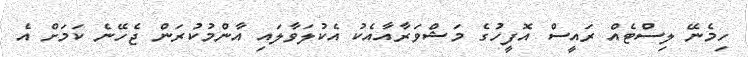
ހިމެނޭ ލިސްޓެއް ރައީސް އޮފީހުގެ މަޝްވަރާއާއެކު އެކުލަވާލައި އާންމުކުރަން ޖެހޭނެ ކަމަށް އެ